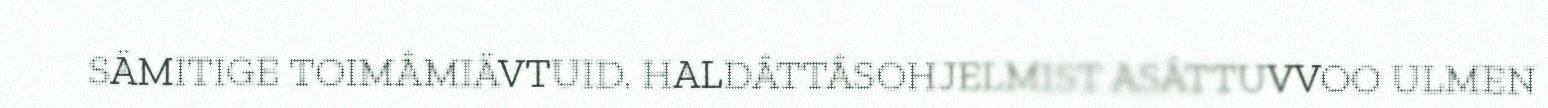
SÄMITIGE TOIMÂMIÄVTUID. HALDÂTTÂSOHJELMIST ASÂTTUVVOO ULMEN